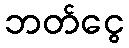
ဘတ်ငွေ